Annual report on the lock hospitals of the Madras Presidency
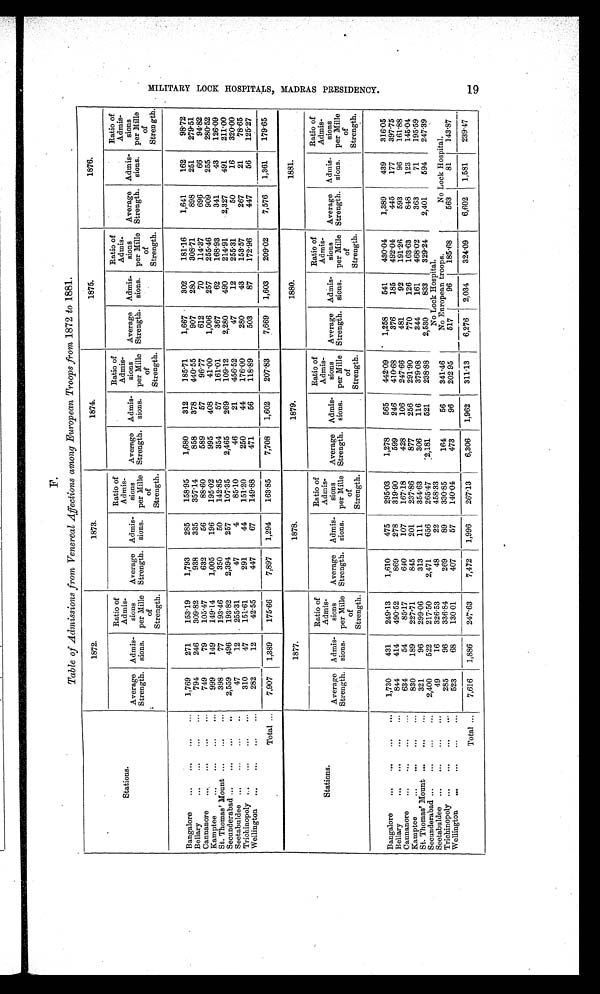
F.
Table of Admissions from Venereal Affections among European Troops from 1872 to 1881.
Stations.
1872.
1873.
1874.
1875.
1876.
Average
Strength.
Admis-
sions.
Ratio of
Admis-
sions
per Mile
of
Strength.
Average
Strength.
Admis-
sions.
Ratio of
Admis-
sions
per Mile
of
Strength.
Average
Strength.
Admis-
sions.
Ratio of
Admis-
alone
per Mille
of
Strength.
Average
Strength.
Admis
sions.
Ratio of
Admis
sions
per Mille
of
Strength.
Average
Strength.
Admis-
sions.
Ratio of
Admis-
sions
per Mille
of
Strength.
Bangalore ... ... ... ...
1,769
271 153.19
1,793
285 158.95
1,680
312 185.71
1,667
302 181.16
1,641
162
98.72
Bellary
... ... ... ...
794
246 309.82
938
335 357.14
858
378 440.55
907
280 308.71
898
251 279.51
Cannanore... ... ... ...
749
79 105.47
632
56
88.60
589
57
96.77
612
70 114.37
696
66
94. 82
Kamptee ... ... ... ...
999
149 149.14
1,005
196 195.02
995
408
41.00
1,006
257 255.46
909
255 280.52
St. Thomas' Mount ... ... ...
398
77 193.46
350
50 142.85
354
57 161.01
367
62 168.93
341
43 126.09
Secunderabad ... ... ... ... 2,559
496 193.82
2,394
257 107.35
2,465
269 109.12
2,280
490 214.91
2,327
491 211.00
Seetabuldee ... ... ... ...
47
12 255.31
47
4
85.10
46
21 456.52
47
12 255.31
50
16 320.00
Trichinopoly ... ... ... ...
310
47 151.61
291
44 151.20
250
44 176.00
280
43 153.57
267
21
78.65
Wellington ... ... ... ...
282
12
42.55
447
67 149.88
471
56 118.89
503
87 172.96
447
56 125.27
Total ... 7,907 1,389 175.66
7,897 1,294 163.85
7,708 1,602 207.83
7,669 1,603 209.02
7,576 1,361 179.65
Stations.
1877.
1878.
1879.
1880.
1881.
Average
Strength.
Admis-
sions.
Ratio of
Admis-
sions
per Mille
of
Strength.
Average
Strength.
Admis
sions.
Ratio of
Admis-
sions
per Mille
of
Strength.
Average
Strength.
Admis-
sions.
Ratio of
Admis-
sions
per Mille
of
Strength.
Average
Strength.
Admis-
sions.
Ratio of
Admis-
sions
per Mille
of
Strength.
Average
Strength.
Admis-
sions.
Ratio of
Admis-
sions
per Mille
of
Strength.
Bangalore ... ... ... ... 1,730
431 249.13
1,610
475 295.03
1,278
565 442. 09
1,258
541 430.04
1,389
439 316.05
Bellary
... ... ... ...
844
414 490.52
869
278 319.90
599
246 410.68
376
185 492.04
445
177 397.75
Cannanore ... ... ... ...
634
54
85.17
640
107 167.18
428
106 247.66
481
92 191.26
593
96 161.88
Kamptee ... ... ... ...
830
189 227.71
845
201 237.86
877
256 291.90
770
126 163.63
848
123 145.04
St. Thomas' Mount ... ... ...
321
96 299.06
313
111 354.63
306
116 379.08
344
161 468.02
363
71 195.59
Secunderabad ... ... ... ... 2,400
522 217.50
2,471
656 265.47
2.181
521 238.88
2,530
833 329.24
2,401
594 247.39
Seetabuldee ... ... ... ...
49
16 326.53
48
22 458.33
No Lock Hospital.
Trichinopoly ... ... ... ...
285
96 336.84
269
89 330.85
164
56 341. 46
No European troops.
No Lock Hospital.
Wellington ... ... ... ...
523
68 130.01
407
57 140.04
473
96 202. 95
517
96 185.68
563
81 143.87
Total ... 7,616 1,886 247.63
7, 472
1,996 267.13
6,306 1,962 311.13
6,276 2,034 324. 09
6,602 1,581 239.47
1 9
M I L I T A R Y L O O K H O S P I T A L , M A D R A S P R E S I D E N C Y .